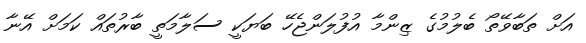
އަށް ތަބާވޭތޯ ބެލުމުގެ ޒިންމާ އުފުލަންޖެހޭ ބަޔަކީ ސަލާމަތީ ބާރުތައް ކަމަށް އޭނާ